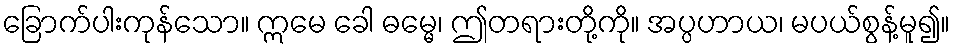
ခြောက်ပါးကုန်သော။ ဣမေ ခေါ ဓမ္မေ၊ ဤတရားတို့ကို။ အပ္ပဟာယ၊ မပယ်စွန့်မူ၍။